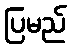
ပြမည်